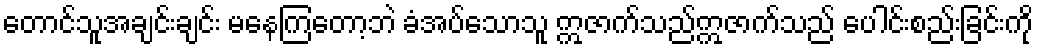
တောင်သူအချင်းချင်း မနေကြတော့ဘဲ ခံအပ်သောသူ ဣဇာက်သည်ဣဇာက်သည် ပေါင်းစည်းခြင်းကို